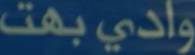
وادي بهت